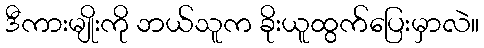
ဒီကားမျိုးကို ဘယ်သူက ခိုးယူထွက်ပြေးမှာလဲ။